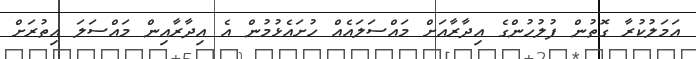
އަމަލުކުރާ ގޮތުން ފުލުހުންގެ އިދާރާއަށް މައްސަލައެއް ހުށައެޅުމުން އެ އިދާރާއިން މައްސަލަ އިތުރަށް